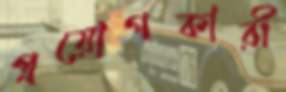
প্রয়োগকারী